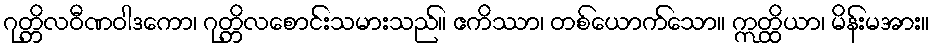
ဂုတ္တိလဝီဏဝါဒကော၊ ဂုတ္တိလစောင်းသမားသည်။ ဧကိဿာ၊ တစ်ယောက်သော။ ဣတ္ထိယာ၊ မိန်းမအား။